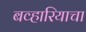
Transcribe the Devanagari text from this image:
बव्हारियाचा